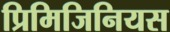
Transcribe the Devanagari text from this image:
प्रिमिजिनियस